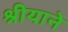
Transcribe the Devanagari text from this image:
श्रीयाने